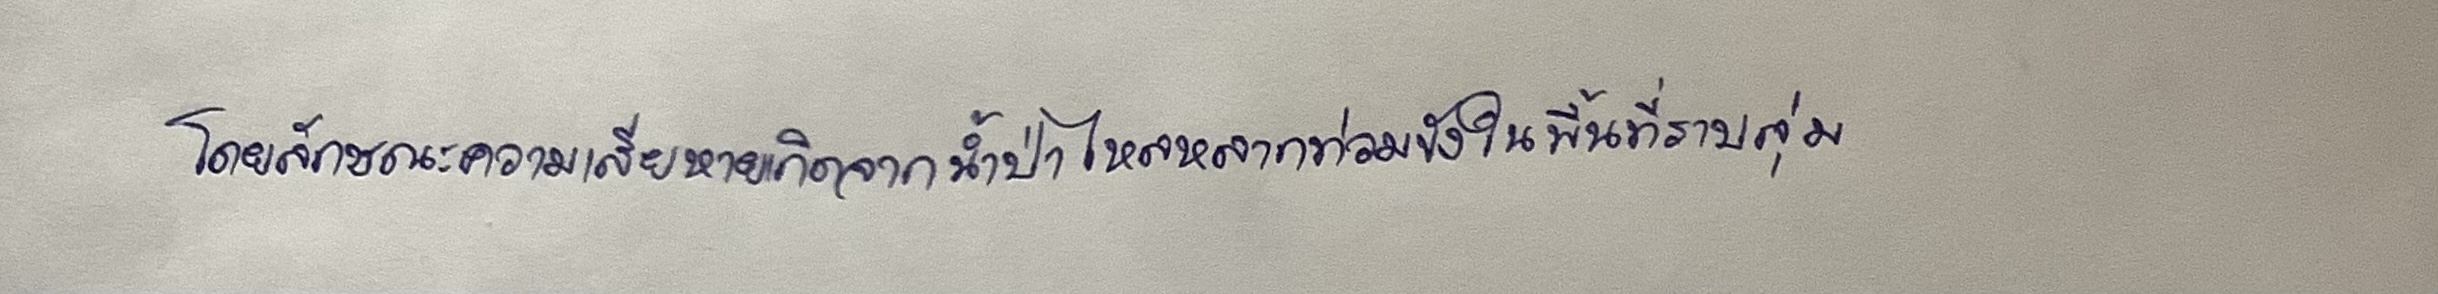
โดยลักษณะความเสียหายเกิดจากน้ำป่าไหลหลากท่วมขังในพื้นที่ราบลุ่ม